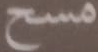
مسح